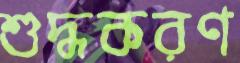
শুদ্ধকরণ